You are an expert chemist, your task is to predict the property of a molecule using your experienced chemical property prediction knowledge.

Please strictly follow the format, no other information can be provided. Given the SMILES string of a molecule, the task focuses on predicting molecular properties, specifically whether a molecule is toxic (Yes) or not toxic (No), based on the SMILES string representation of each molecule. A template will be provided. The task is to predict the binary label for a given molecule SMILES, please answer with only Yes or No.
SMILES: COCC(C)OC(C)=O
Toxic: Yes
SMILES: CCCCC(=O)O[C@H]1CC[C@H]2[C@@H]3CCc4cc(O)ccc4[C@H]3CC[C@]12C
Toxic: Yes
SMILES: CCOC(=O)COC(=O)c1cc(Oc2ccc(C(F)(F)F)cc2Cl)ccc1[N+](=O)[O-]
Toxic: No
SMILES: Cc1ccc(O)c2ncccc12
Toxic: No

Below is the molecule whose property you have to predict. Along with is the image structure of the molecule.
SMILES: Cc1cc(S(=O)(=O)[O-])ccc1/N=N/c1c(O)ccc2ccccc12
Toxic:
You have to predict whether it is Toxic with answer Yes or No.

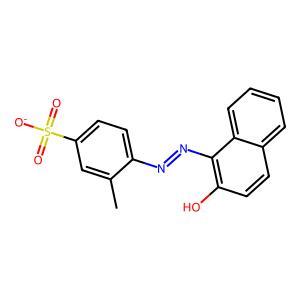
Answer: No